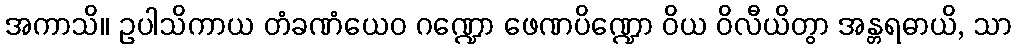
အကာသိ။ ဥပါသိကာယ တံခဏံယေဝ ဂဏ္ဍော ဖေဏပိဏ္ဍော ဝိယ ဝိလီယိတွာ အန္တရဓာယိ, သာ